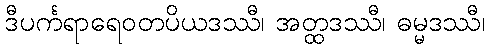
ဒီပင်္ကရာရေဝတပိယဒဿီ၊ အတ္ထဒဿီ၊ ဓမ္မဒဿီ၊